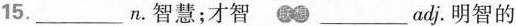
15. ___ n.智慧;才智 ___ adj.明智的